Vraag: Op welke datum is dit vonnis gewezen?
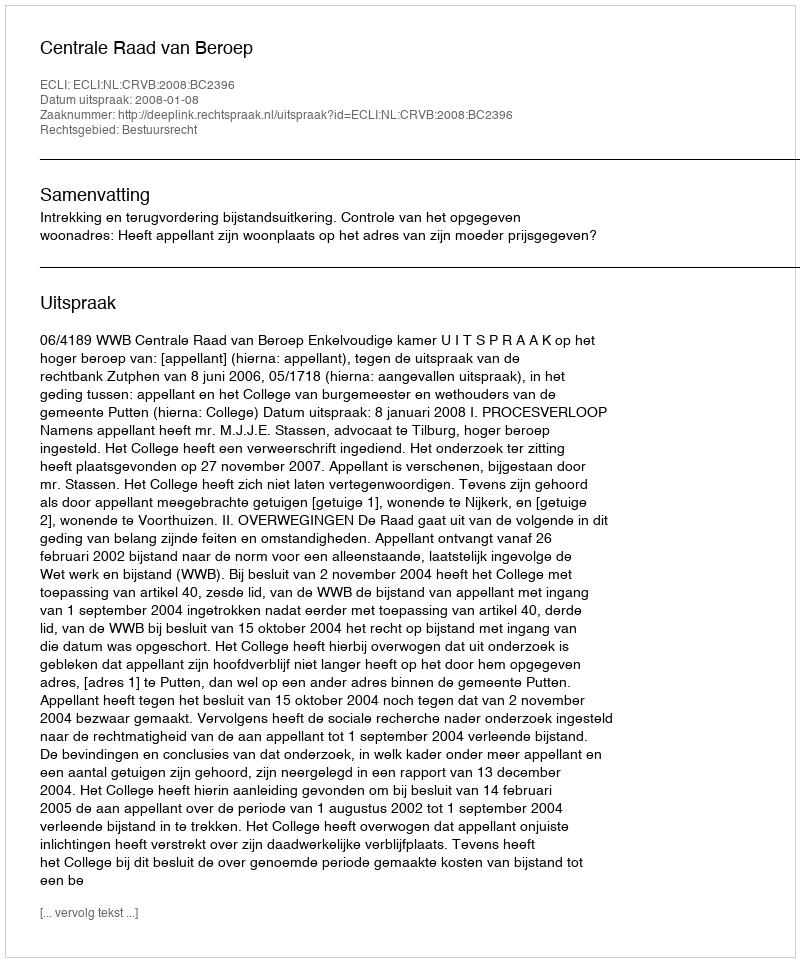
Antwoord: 2008-01-08